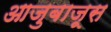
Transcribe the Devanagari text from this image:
आजुबाजूस